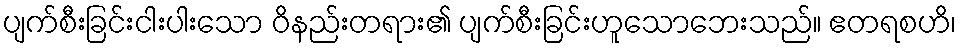
ပျက်စီးခြင်းငါးပါးသော ဝိနည်းတရား၏ ပျက်စီးခြင်းဟူသောဘေးသည်။ ဧတရစဟိ၊